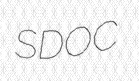
SDOC